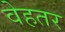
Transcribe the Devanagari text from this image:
वेहतर